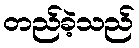
တည်ခဲ့သည်